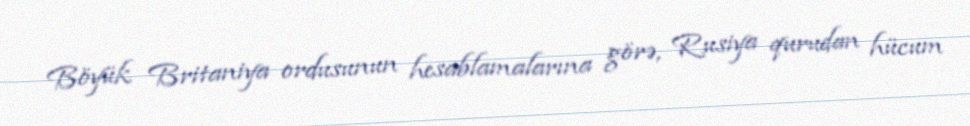
Böyük Britaniya ordusunun hesablamalarına görə, Rusiya qurudan hücum